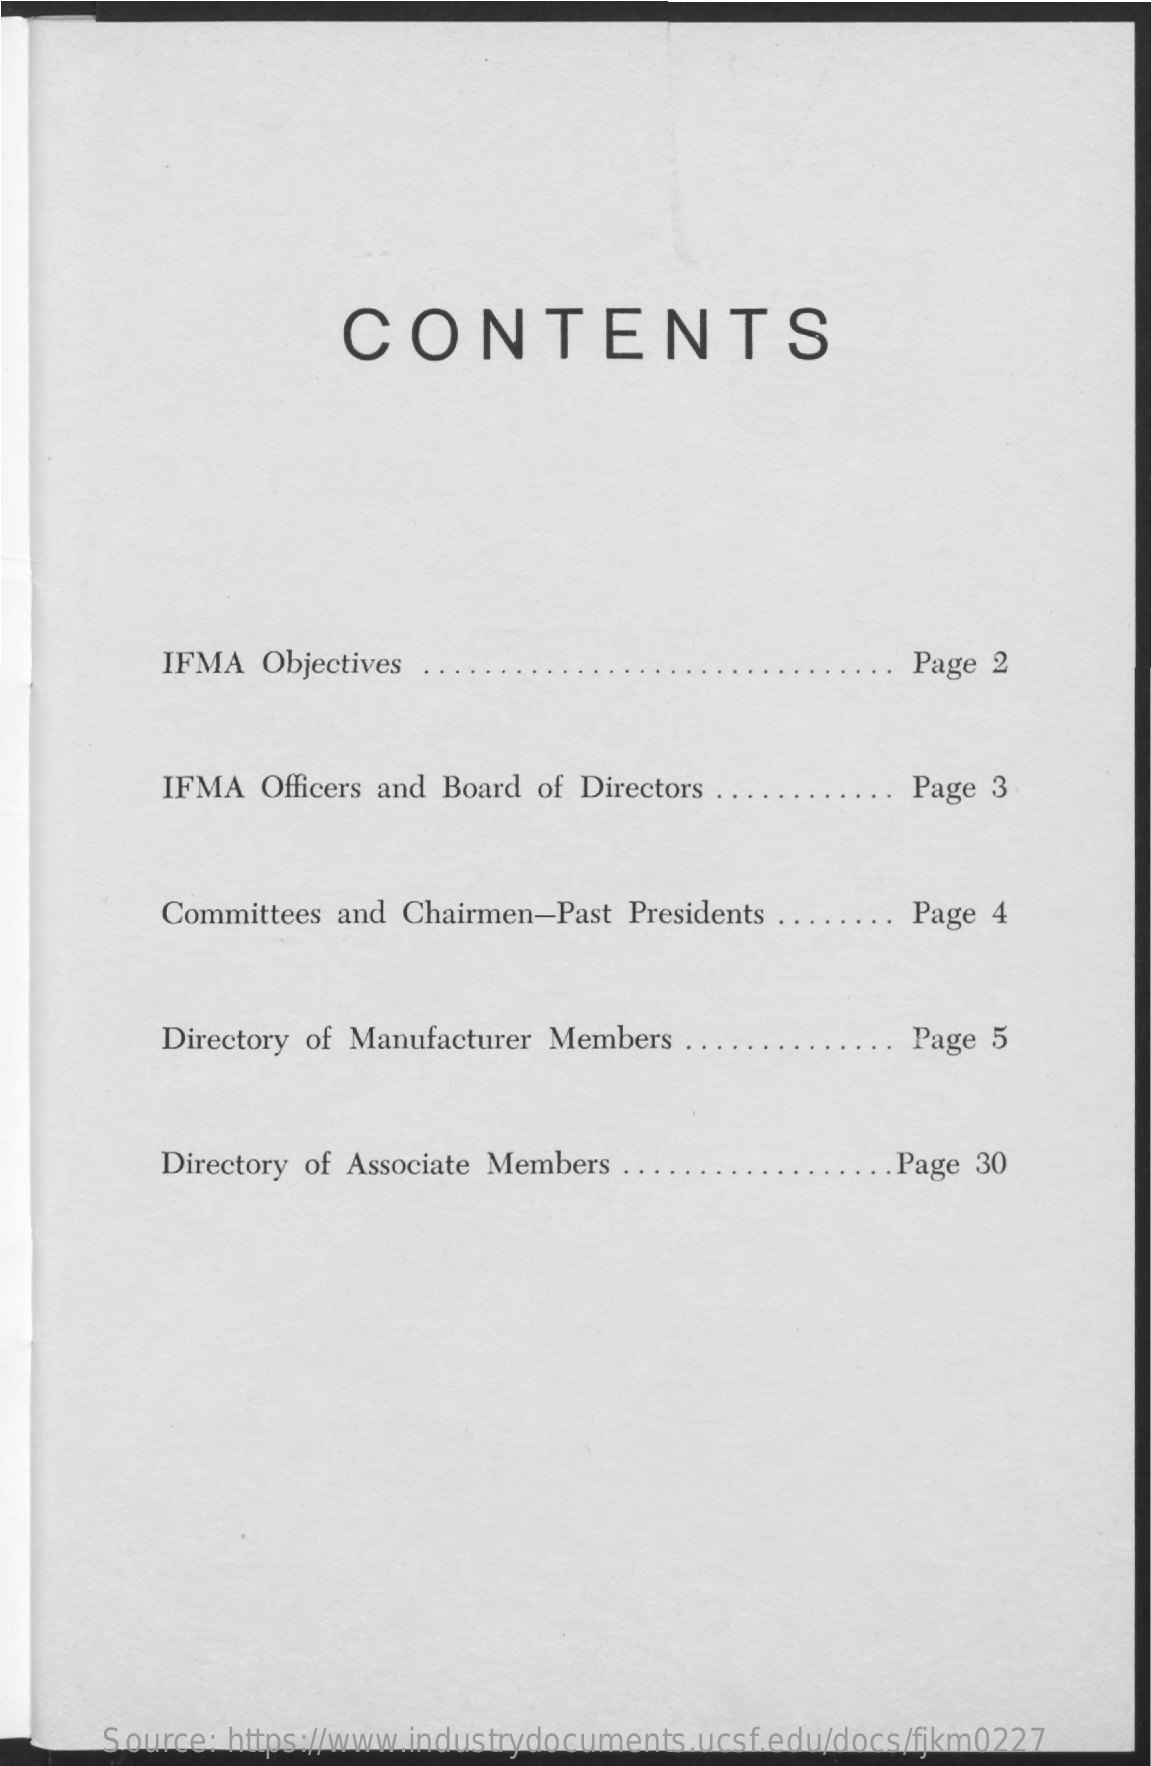
CONTENTS
     IFMA  Objectives . .    Page 2
     IFMA  Officers and Board of Directors . . .    Page 3
     Committees and Chairmen-Past Presidents .. ...... Page 4
     Directory of Manufacturer Members . .    Page 5
     Directory of Associate Members ..    . .. Page 30
     Source: https://www.industrydocuments.ucsf.edu/docs/fjkm0227